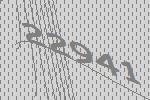
22941